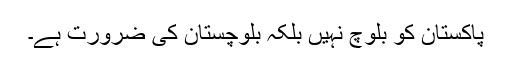
پاکستان کو بلوچ نہیں بلکہ بلوچستان کی ضرورت ہے۔